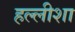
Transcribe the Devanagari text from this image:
हल्लीशा